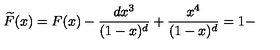
\widetilde { F } ( x ) = F ( x ) - \frac { d x ^ { 3 } } { ( 1 - x ) ^ { d } } + \frac { x ^ { 4 } } { ( 1 - x ) ^ { d } } = 1 -